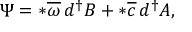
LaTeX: \Psi = * \overline { { { \omega } } } \, d ^ { \dagger } B + * \overline { { { c } } } \, d ^ { \dagger } A ,